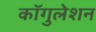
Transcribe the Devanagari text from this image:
कॉगुलेशन